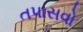
તપાસવો